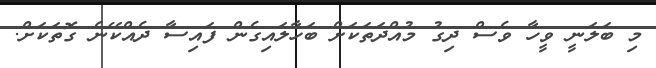
މި ބަލަނީ ވީހާ ވެސް ދިގު މުއްދަތަކަށް ބަހާލައިގެން ފައިސާ ދެއްކޭނެ ގޮތަކަށް.